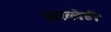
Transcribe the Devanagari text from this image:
सल्लेही